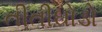
તીતીઘોડો